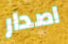
اصدار